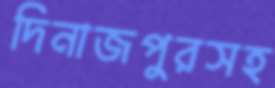
দিনাজপুরসহ